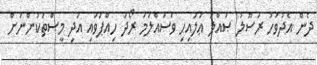
ދެން އެދުވަހު ރަސޫލު ޞައްލަ ޢަލައިހި ވަސައްލަމަ ރޯދަ ހިއްޕަވައި އަދި މީސްތަކުންނަށް